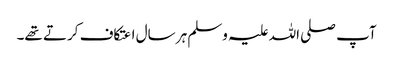
آپ صلی اللہ علیہ وسلم ہر سال اعتکاف کرتے تھے۔